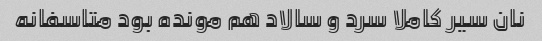
نان سیر کاملا سرد و سالاد هم مونده بود متاسفانه